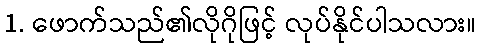
1. ဖောက်သည်၏လိုဂိုဖြင့် လုပ်နိုင်ပါသလား။